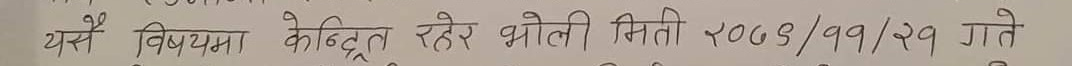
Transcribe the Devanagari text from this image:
यसै विषयमा केन्द्रित रहेर भोली मिति २०७९/११/२१ गते